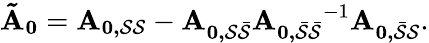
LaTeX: \mathbf{\tilde{A}_{0}}=\mathbf{A_{0,\mathcal{S}\mathcal{S}}}-\mathbf{A_{0,\mathcal{S}\mathcal{\bar{S}}}}\mathbf{A_{0,\mathcal{\bar{S}}\mathcal{\bar{S}}}}^{-1}\mathbf{A_{0,\mathcal{\bar{S}}\mathcal{{S}}}}.